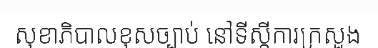
សុខាភិបាលខុសច្បាប់ នៅទីស្តីការក្រសួង